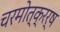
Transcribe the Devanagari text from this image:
चरमोत्क्रर्ष